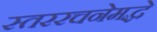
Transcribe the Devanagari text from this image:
स्तररचनेमद्धे